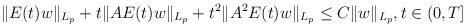
\begin{align*} \|E(t)w\|_{L_{p}} + t\|AE(t)w\|_{L_{p}} + t^2\|A^2E(t)w\|_{L_{p}} \leq C\|w\|_{L_{p}}, t\in (0,T] \end{align*}